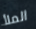
الملأ